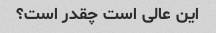
این عالی است چقدر است؟